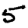
Digit: 5